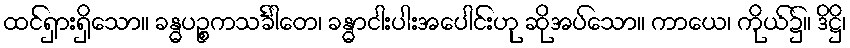
ထင်ရှားရှိသော။ ခန္ဓပဉ္စကသင်္ခါတေ၊ ခန္ဓာငါးပါးအပေါင်းဟု ဆိုအပ်သော။ ကာယေ၊ ကိုယ်၌။ ဒိဋ္ဌိ၊